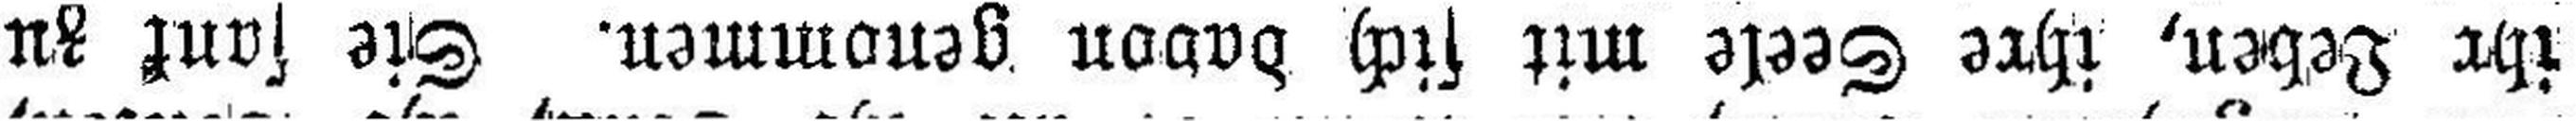
ihr Leben, ihre Seele mit sich davon genommen. Sie sank zu